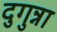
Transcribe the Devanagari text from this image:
दुगुन्ना